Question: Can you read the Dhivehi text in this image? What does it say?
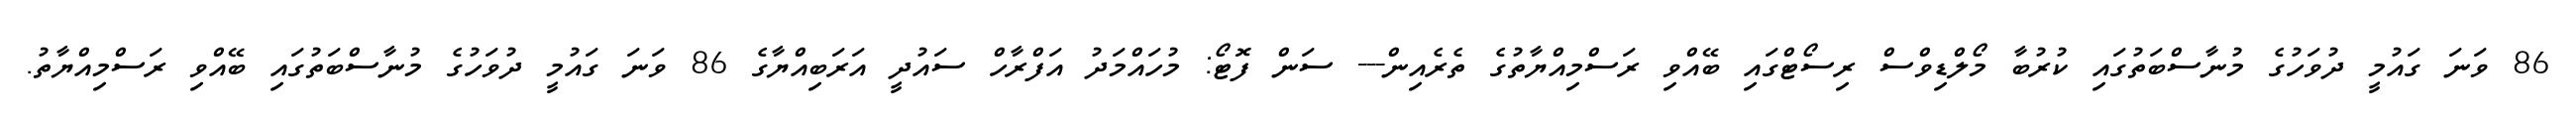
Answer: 86 ވަނަ ގައުމީ ދުވަހުގެ މުނާސްބަތުގައި ކުރުބާ މޯލްޑިވްސް ރިސޯޓްގައި ބޭއްވި ރަސްމިއްޔާތުގެ ތެރެއިން--- ސަން ފޮޓޯ: މުހައްމަދު އަފްރާހް ސައުދީ އަރަބިއްޔާގެ 86 ވަނަ ގައުމީ ދުވަހުގެ މުނާސްބަތުގައި ބޭއްވި ރަސްމިއްޔާތު.